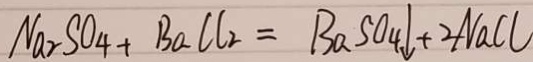
N a _ { 2 } S O _ { 4 } + B a C l _ { 2 } = B a S O _ { 4 } \downarrow + 2 N a C l